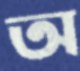
অ